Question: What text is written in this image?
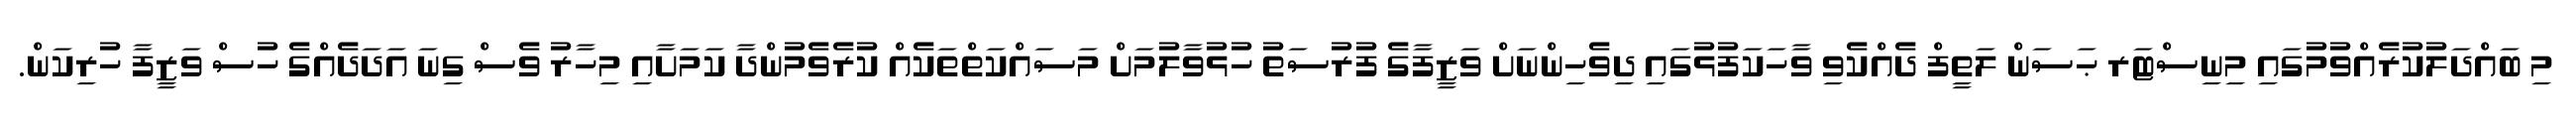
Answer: މި ބައްދަލުކުރެއްވުމުގައި މިނިސްޓަރ ޙަސަން ލަތީފް ދެއްކެވި ވާހަކަފުޅުގައި ދިވެހިންނަށް ވަޒީފާގެ ފުރުސަތު ހުޅުވާލުމަށް މަސައްކަތްތަކެއް ކުރެވެމުންދާ ކަމަށާއި މިހާރު ވެސް ގިނަ އަދަދެއްގެ ހުސް ވަޒީފާ ހުރިކަން.